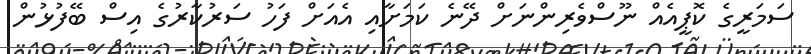
ސަމަރީގެ ކޮޕީއެއް ނޫސްވެރިންނަށް ދޭނެ ކަމަށާއި އެއަށް ފަހު ސަރުކާރުގެ އިސް ބޭފުޅުން